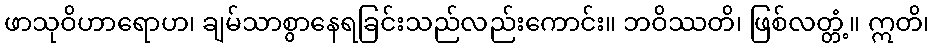
ဖာသုဝိဟာရောဟ၊ ချမ်သာစွာနေရခြင်းသည်လည်းကောင်း။ ဘဝိဿတိ၊ ဖြစ်လတ္တံ့။ ဣတိ၊